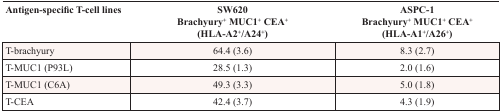
| Antigen-specific T-cell lines | SW620 Brachyury+ MUC1+ CEA+ (HLA-A2+/A24+) | ASPC-1 Brachyury+ MUC1+ CEA+ (HLA-A1+/A26+) |
 | --- | --- | --- |
 | T-brachyury | 64.4 (3.6) | 8.3 (2.7) |
 | T-MUC1 (P93L) | 28.5 (1.3) | 2.0 (1.6) |
 | T-MUC1 (C6A) | 49.3 (3.3) | 5.0 (1.8) |
 | T-CEA | 42.4 (3.7) | 4.3 (1.9) |